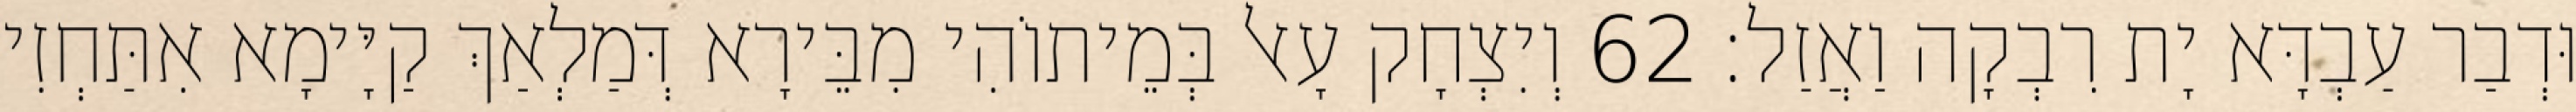
וּדְבַר עַבְדָּא יָת רִבְקָה וַאֲזַל׃ 62 וְיִצְחָק עָאל בְּמֵיתוֹהִי מִבֵּירָא דְּמַלְאַךְ קַיָּימָא אִתַּחְזִי